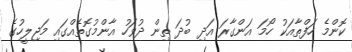
ކޮންމެ ހަފްތާއަކު ހޯމަ އަންގާރަ އަދި ބުދަ ތިން ދުވަހު އާންމުގޮތެއްގައި މަޖިލީހުގެ